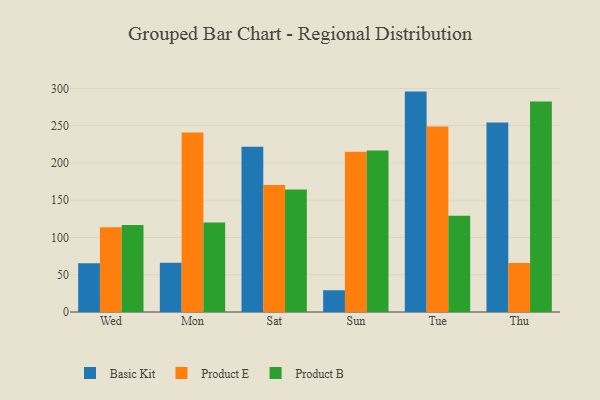
{"axis": {"x": "Day", "y": "Demand Index"}, "legend": ["Basic Kit", "Product B", "Product E"], "data": [{"x": "Wed", "y": 65.4, "type": "Basic Kit"}, {"x": "Wed", "y": 113.9, "type": "Product E"}, {"x": "Wed", "y": 116.7, "type": "Product B"}, {"x": "Mon", "y": 66.1, "type": "Basic Kit"}, {"x": "Mon", "y": 240.8, "type": "Product E"}, {"x": "Mon", "y": 120.2, "type": "Product B"}, {"x": "Sat", "y": 221.7, "type": "Basic Kit"}, {"x": "Sat", "y": 170.4, "type": "Product E"}, {"x": "Sat", "y": 164.4, "type": "Product B"}, {"x": "Sun", "y": 29.2, "type": "Basic Kit"}, {"x": "Sun", "y": 215.0, "type": "Product E"}, {"x": "Sun", "y": 216.8, "type": "Product B"}, {"x": "Tue", "y": 295.8, "type": "Basic Kit"}, {"x": "Tue", "y": 249.1, "type": "Product E"}, {"x": "Tue", "y": 129.2, "type": "Product B"}, {"x": "Thu", "y": 254.4, "type": "Basic Kit"}, {"x": "Thu", "y": 65.6, "type": "Product E"}, {"x": "Thu", "y": 282.4, "type": "Product B"}]}